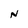
Character: N